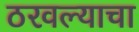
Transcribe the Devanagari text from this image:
ठरवल्याचा